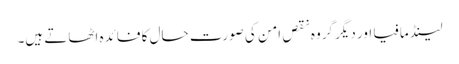
لینڈ مافیا اور دیگر گروہ نقصِ امن کی صورتِ حال کا فائدہ اٹھاتے ہیں۔